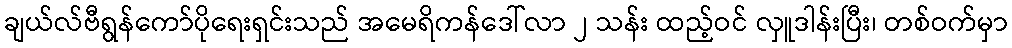
ချယ်လ်ဗီရွန်ကော်ပိုရေးရှင်းသည် အမေရိကန်ဒေါ်လာ ၂ သန်း ထည့်ဝင် လှူဒါန်းပြီး၊ တစ်ဝက်မှာ